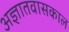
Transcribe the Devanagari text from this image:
अज्ञातवासकाल